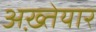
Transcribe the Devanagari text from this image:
अख़्तेयार